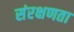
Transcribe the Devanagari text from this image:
संरक्षणता